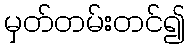
မှတ်တမ်းတင်၍